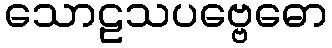
သောဠသပဗ္ဗေဓော